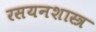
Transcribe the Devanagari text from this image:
रसयनशास्त्र